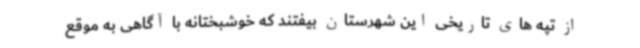
از تپه های تاریخی این شهرستان بیفتند که خوشبختانه با آگاهی به موقع